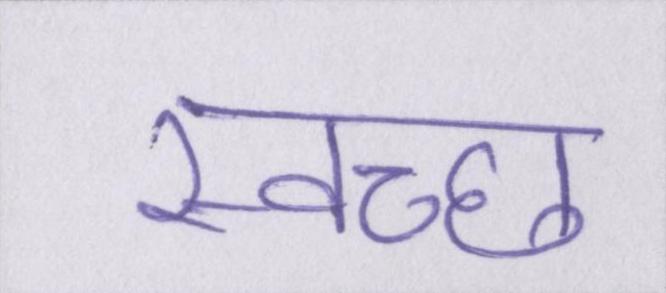
स्वच्छ